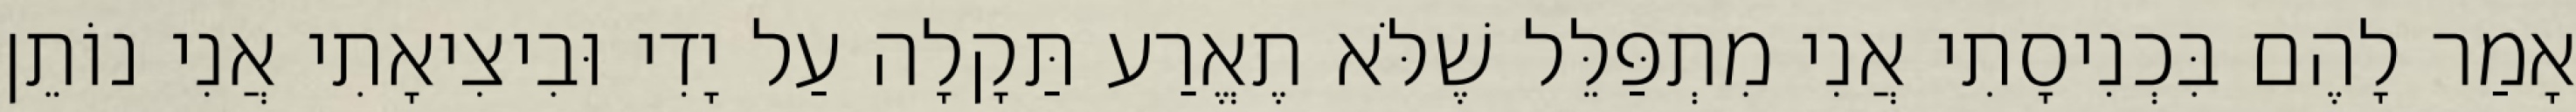
אָמַר לָהֶם בִּכְנִיסָתִי אֲנִי מִתְפַּלֵּל שֶׁלֹּא תֶאֱרַע תַּקָלָה עַל יָדִי וּבִיצִיאָתִי אֲנִי נוֹתֵן